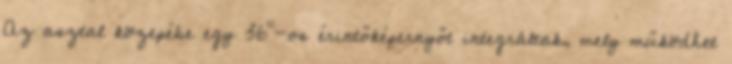
Az asztal közepébe egy 36"-os érintőképernyőt integráltak, mely működhet